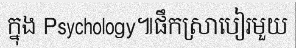
ក្នុង Psychology៕ផឹកស្រាបៀរមួយ